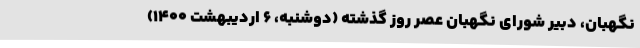
نگهبان، دبیر شورای نگهبان عصر روز گذشته (دوشنبه، ۶ اردیبهشت ۱۴۰۰)